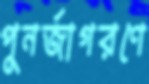
পুনর্জাগরণে